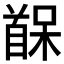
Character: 𫗷